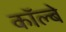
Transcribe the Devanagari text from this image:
कॉल्बे